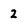
Character: 2